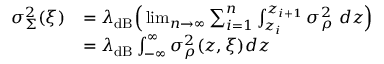
\begin{array} { r l } { \sigma _ { \Sigma } ^ { 2 } ( \boldsymbol { \xi } ) } & { = \lambda _ { \mathrm { d B } } \Big ( \operatorname* { l i m } _ { n \to \infty } \sum _ { i = 1 } ^ { n } \int _ { z _ { i } } ^ { z _ { i + 1 } } \sigma _ { \rho } ^ { 2 } \ d z \Big ) } \\ & { = \lambda _ { \mathrm { d B } } \int _ { - \infty } ^ { \infty } \sigma _ { \rho } ^ { 2 } ( z , \boldsymbol { \xi } ) d z } \end{array}